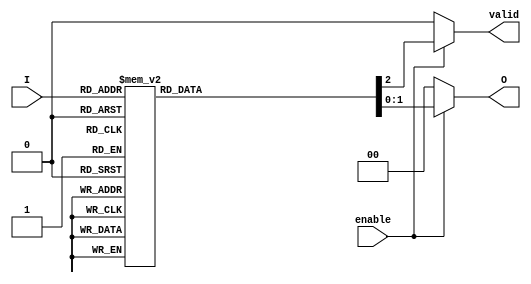
module priority_encoder (
    input wire [3:0] I,      // 4 input lines
    input wire enable,       // Enable input
    output reg [1:0] O,      // 2 output lines
    output reg valid         // Valid output indicator
);

    always @(*) begin
        if (!enable) begin
            O = 2'b00;        // Default state when not enabled
            valid = 1'b0;     // No valid output
        end else begin
            casez (I)         // Use casez to handle don't care conditions
                4'b0001: begin O = 2'b00; valid = 1'b1; end // I0 active
                4'b0010: begin O = 2'b01; valid = 1'b1; end // I1 active
                4'b0100: begin O = 2'b10; valid = 1'b1; end // I2 active
                4'b1000: begin O = 2'b11; valid = 1'b1; end // I3 active
                4'b0011: begin O = 2'b01; valid = 1'b1; end // I1 or I0 active (I1 has priority)
                4'b0110: begin O = 2'b10; valid = 1'b1; end // I2 or I1 active (I2 has priority)
                4'b1100: begin O = 2'b11; valid = 1'b1; end // I3 or I2 active (I3 has priority)
                4'b1110: begin O = 2'b11; valid = 1'b1; end // I3 or I2 or I1 active (I3 has priority)
                4'b1111: begin O = 2'b11; valid = 1'b1; end // All active (I3 has priority)
                default: begin O = 2'b00; valid = 1'b0; end // No valid input
            endcase
        end
    end
endmodule